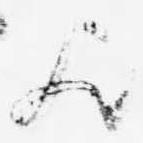
歟